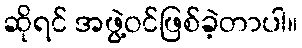
ဆိုရင် အဖွဲ့ဝင်ဖြစ်ခဲ့တာပါ။